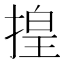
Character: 揘